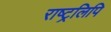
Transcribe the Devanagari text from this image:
राष्ट्रलिपि